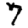
Digit: 7